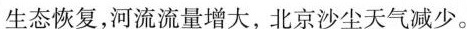
生态恢复，河流流量增大，北京沙尘天气减少。